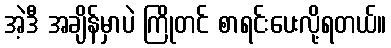
အဲ့ဒီ အချိန်မှာပဲ ကြိုတင် စာရင်းပေးလို့ရတယ်။